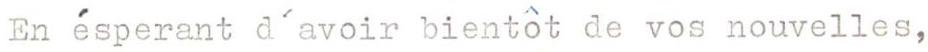
En ésperant d'avoir bientôt de vos nouvelles,